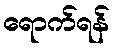
ရောက်ရန်